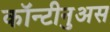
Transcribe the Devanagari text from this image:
कॉन्टीनुअस